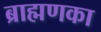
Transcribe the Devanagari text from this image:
ब्राह्मणका